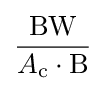
{\frac {\mathrm {BW} }{A_{\mathrm {c} }\cdot \mathrm {B} }}